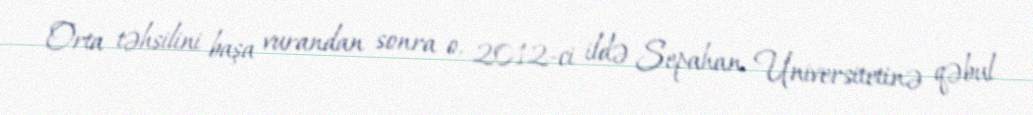
Orta təhsilini başa vurandan sonra o, 2012-ci ildə Sepahan Universitetinə qəbul